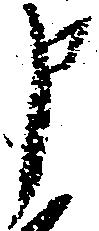
申